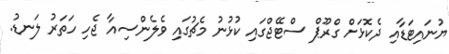
ޔުނައިޓަޑާއި ދެކޮޅަށް ގްރޫޕް ސްޓޭޖްގައި ކުޅުނު މެޗުގައި ވެލެންސިއާ ޖެހި ހަތަރު ލަނޑު.